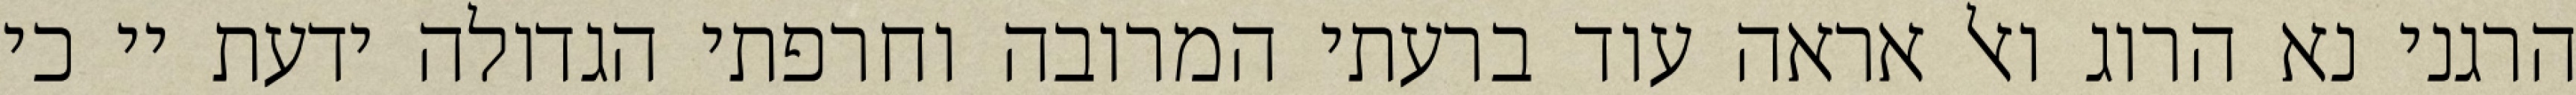
הרגני נא הרוג ואל אראה עוד ברעתי המרובה וחרפתי הגדולה ידעת יי כי